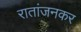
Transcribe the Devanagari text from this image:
रातांजनकर